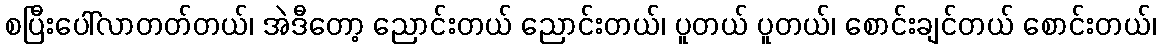
စပြီးပေါ်လာတတ်တယ်၊ အဲဒီတော့ ညောင်းတယ် ညောင်းတယ်၊ ပူတယ် ပူတယ်၊ စောင်းချင်တယ် စောင်းတယ်၊